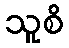
သူစိ